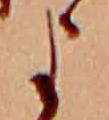
よ